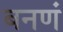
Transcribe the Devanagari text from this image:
बनणं